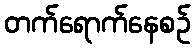
တက်ရောက်နေစဉ်